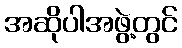
အဆိုပါအဖွဲ့တွင်